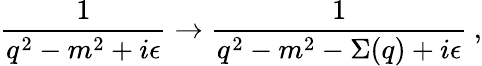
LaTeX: \frac{1}{q^{2}-m^{2}+i\epsilon}\rightarrow\frac{1}{q^{2}-m^{2}-\Sigma(q)+i\epsilon}\: ,